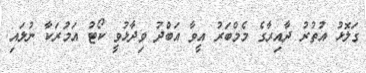
ގަލޮޅު އުތުރު ދާއިރާގެ މެމްބަރު އީވާ އަބްދު ވިދާޅުވީ ކޯޓު އަމުރަކާ ނުލައި